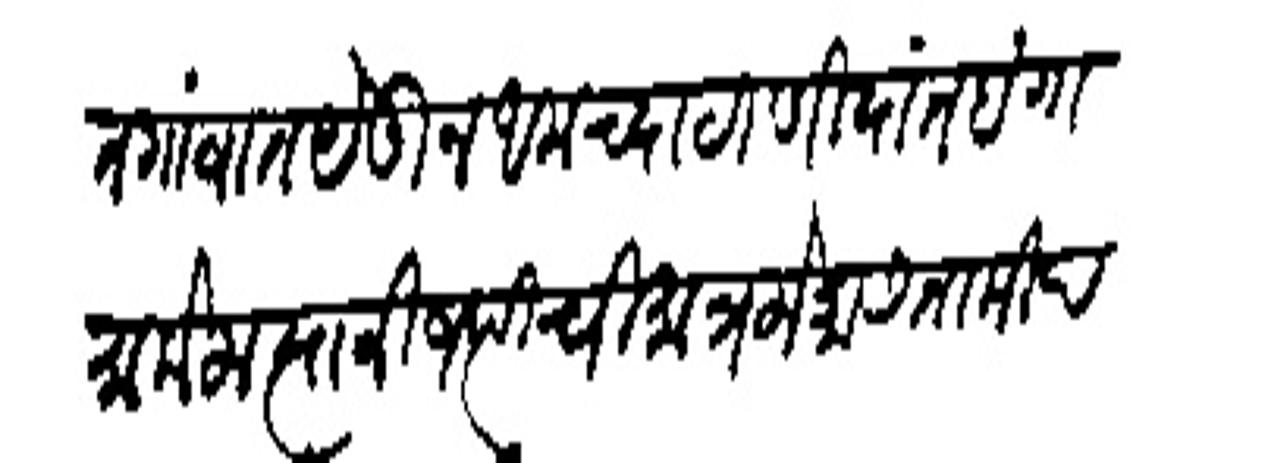
Transliteration (Devanagari): त गांवात येऊन आमच्या ठाणियांत हंगामा केला त्यानी जप्तीची मात्र लोकास ताकीब